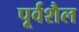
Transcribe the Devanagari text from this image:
पूर्वशैल